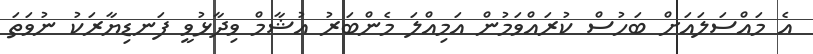
އެ މައްސަލައަށް ބަހުސް ކުރައްވަމުން އަމިއްލަ މެންބަރު އުޝާމް ވިދާޅުވީ ފަނޑިޔާރަކު ނުވަތަ